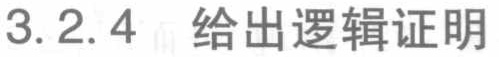
3.2.4 给出逻辑证明